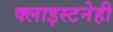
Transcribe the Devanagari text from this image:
क्लाइस्टनेही